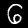
Label: 6